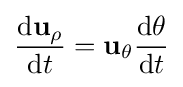
{\frac {\mathrm {d} \mathbf {u} _{\rho }}{\mathrm {d} t}}=\mathbf {u} _{\theta }{\frac {\mathrm {d} \theta }{\mathrm {d} t}}